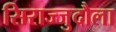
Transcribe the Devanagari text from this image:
सिराज्जुदौला